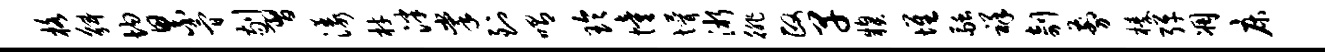
格斛均累简剔习漾材泮掌到喟玲憧懵淅徘政早糗堆融祥剞剪榛弹凋床